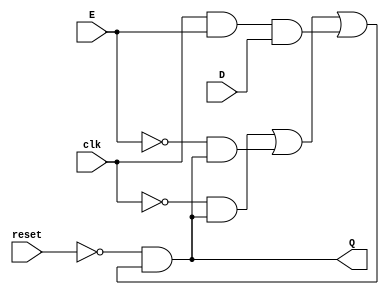
// Copyright (C) 2020  Intel Corporation. All rights reserved.
// Your use of Intel Corporation's design tools, logic functions 
// and other software and tools, and any partner logic 
// functions, and any output files from any of the foregoing 
// (including device programming or simulation files), and any 
// associated documentation or information are expressly subject 
// to the terms and conditions of the Intel Program License 
// Subscription Agreement, the Intel Quartus Prime License Agreement,
// the Intel FPGA IP License Agreement, or other applicable license
// agreement, including, without limitation, that your use is for
// the sole purpose of programming logic devices manufactured by
// Intel and sold by Intel or its authorized distributors.  Please
// refer to the applicable agreement for further details, at
// https://fpgasoftware.intel.com/eula.

// PROGRAM		"Quartus Prime"
// VERSION		"Version 20.1.1 Build 720 11/11/2020 SJ Lite Edition"
// CREATED		"Tue Aug 15 11:00:52 2023"

module DESwitch(
	E,
	D,
	clk,
	reset,
	Q
);


input wire	E;
input wire	D;
input wire	clk;
input wire	reset;
output wire	Q;

wire	DEclk;
wire	NOTclk;
wire	NOTE;
wire	NOTreset;
wire	NOTresetANDQprime;
wire	QAND___NOTclk___;
wire	QAND___notE___;
wire	Qprime;




assign	NOTreset =  ~reset;

assign	NOTresetANDQprime = NOTreset & Qprime;

assign	Qprime = QAND___NOTclk___ | QAND___notE___ | DEclk;

assign	DEclk = clk & E & D;

assign	NOTclk =  ~clk;

assign	NOTE =  ~E;

assign	QAND___NOTclk___ = NOTclk & NOTresetANDQprime;

assign	QAND___notE___ = NOTE & NOTresetANDQprime;

assign	Q = NOTresetANDQprime;

endmodule